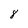
Character: 8